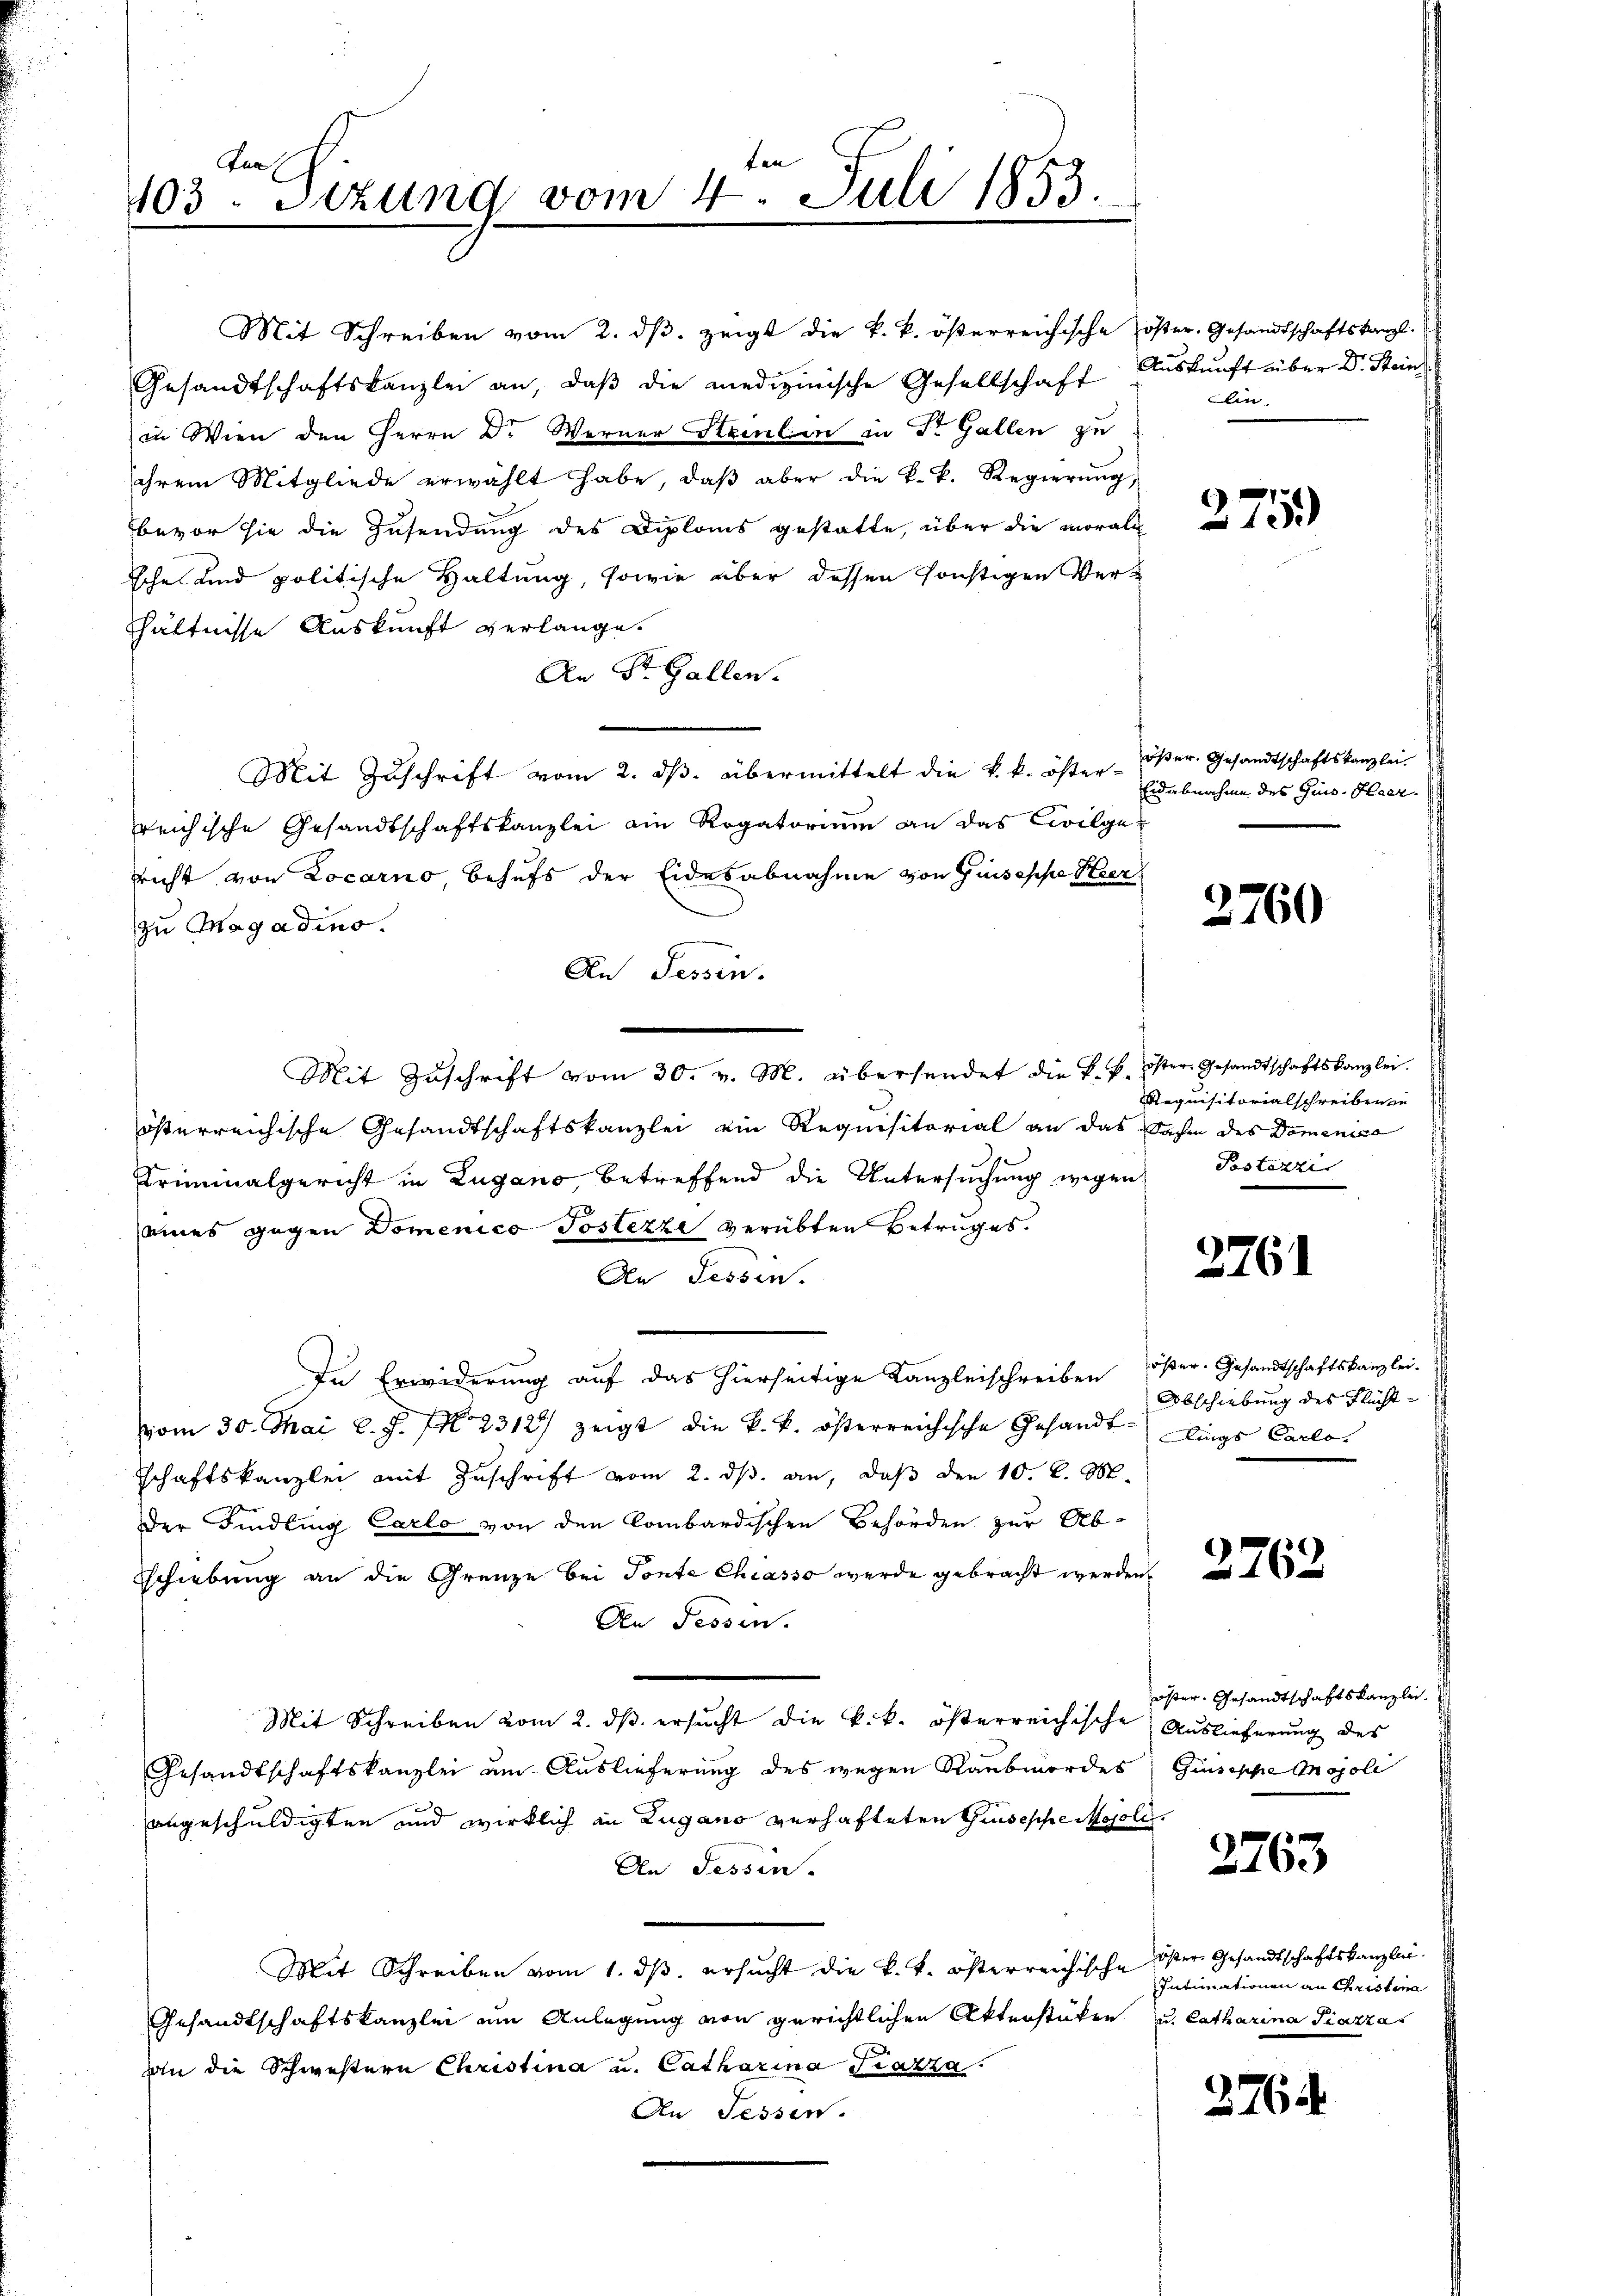
ten
Ana
103. Sitzung vom 4. Juli 1853.

Mit Schreiben vom 2. ds. zeigt die k. k. österreichische Koster, Gesandtschaftskanzl.
Gesandtschaftskanzlei an, daβ die medizinische Gesellschaft Auskunft über Dr. Steinin Wien den Herrn Dr Werner Namen in Dr. Gallen zu
sihrem Mitgliede erwählt habe, daβ aber die k. k. Regierŭng,
bevor sie die Zusendung des Diploms gestatte, über die morali
sche und politische Haltung, sowie über dessen sonstigen Verhältnisse Auskunft verlange.
An St. Gallen.
Mit Zuschrift vom 2. ds. übermittelt die k. k. öster-
reichische Gesandtschaftskanzlei ein Rogatorium an das Civilgericht von Locarno, behufs der Eidesabnahme von Guseppe Hierzu Magadino.
An Tessin.
Mit Zŭschrift vom 30. v. M. übersendet die k. k. öster Gesandtschaftskanzlei.
österreichische Gesandtschaftskanzlei ein Requisitorial an das Sache des Domenico
Triminalgericht in Zugano, betreffend die Untersuchung wegen Postazzi
seines gegen Domenico Postezzi verübten Betruges.
An Tessin.
In Erwiderung auf das hierseitige Kanzleischreiben
vom 30. Mai l. J. N. 2312) zeigt die k. k. österreichische Gesandtlings Carlo-
schaftskanzlei mit Zuschrift vom 2. dβ. an, daß den 10. d. M.
der Findling Carlo von den Combardischen Behörden zur Ab-
schiebung an die Grenze bei Tonte Chiasso werde gebracht werden
An Fessen.
Mit Schreiben vom 2. dβ ersucht die k.k. österreichische Auslieferung des
Gesandtschaftskanzlei um Auslieferung des wegen Raubmordes Giuseppe Majoli
angeschuldigten und wirklich in Zugano verhafteten Giuseppe Mosoli
An Tessin.
Mit Schreiben vom 1. ds. ersucht die k. k. österreichische Oster Gesandtschaftskanzlei.
Gesandtschaftskanzlei am Anlegung von gerichtlichen Aktenstüken
an die Schwestern Christina u. Catharina Piazza.
An Sessen.

lin.

375.)

öser. Gesandtschaftskanzlei.
Eidabnahme des Ges. Heer.

2760

Requisitorialschreiben in

2761

öster. Gesandtschaftskanzlei.
Abschiebung des Flücht¬

2762

öster Gesandtschaftskanzlei.

fr

2763

Intimationen an Christina
u. Catharina Piazza

2764